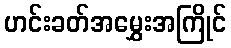
ဟင်းခတ်အမွှေးအကြိုင်